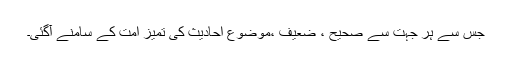
جس سے ہر جہت سے صحیح ، ضعیف ،موضوع احادیث کی تمیز امت کے سامنے آگئی۔